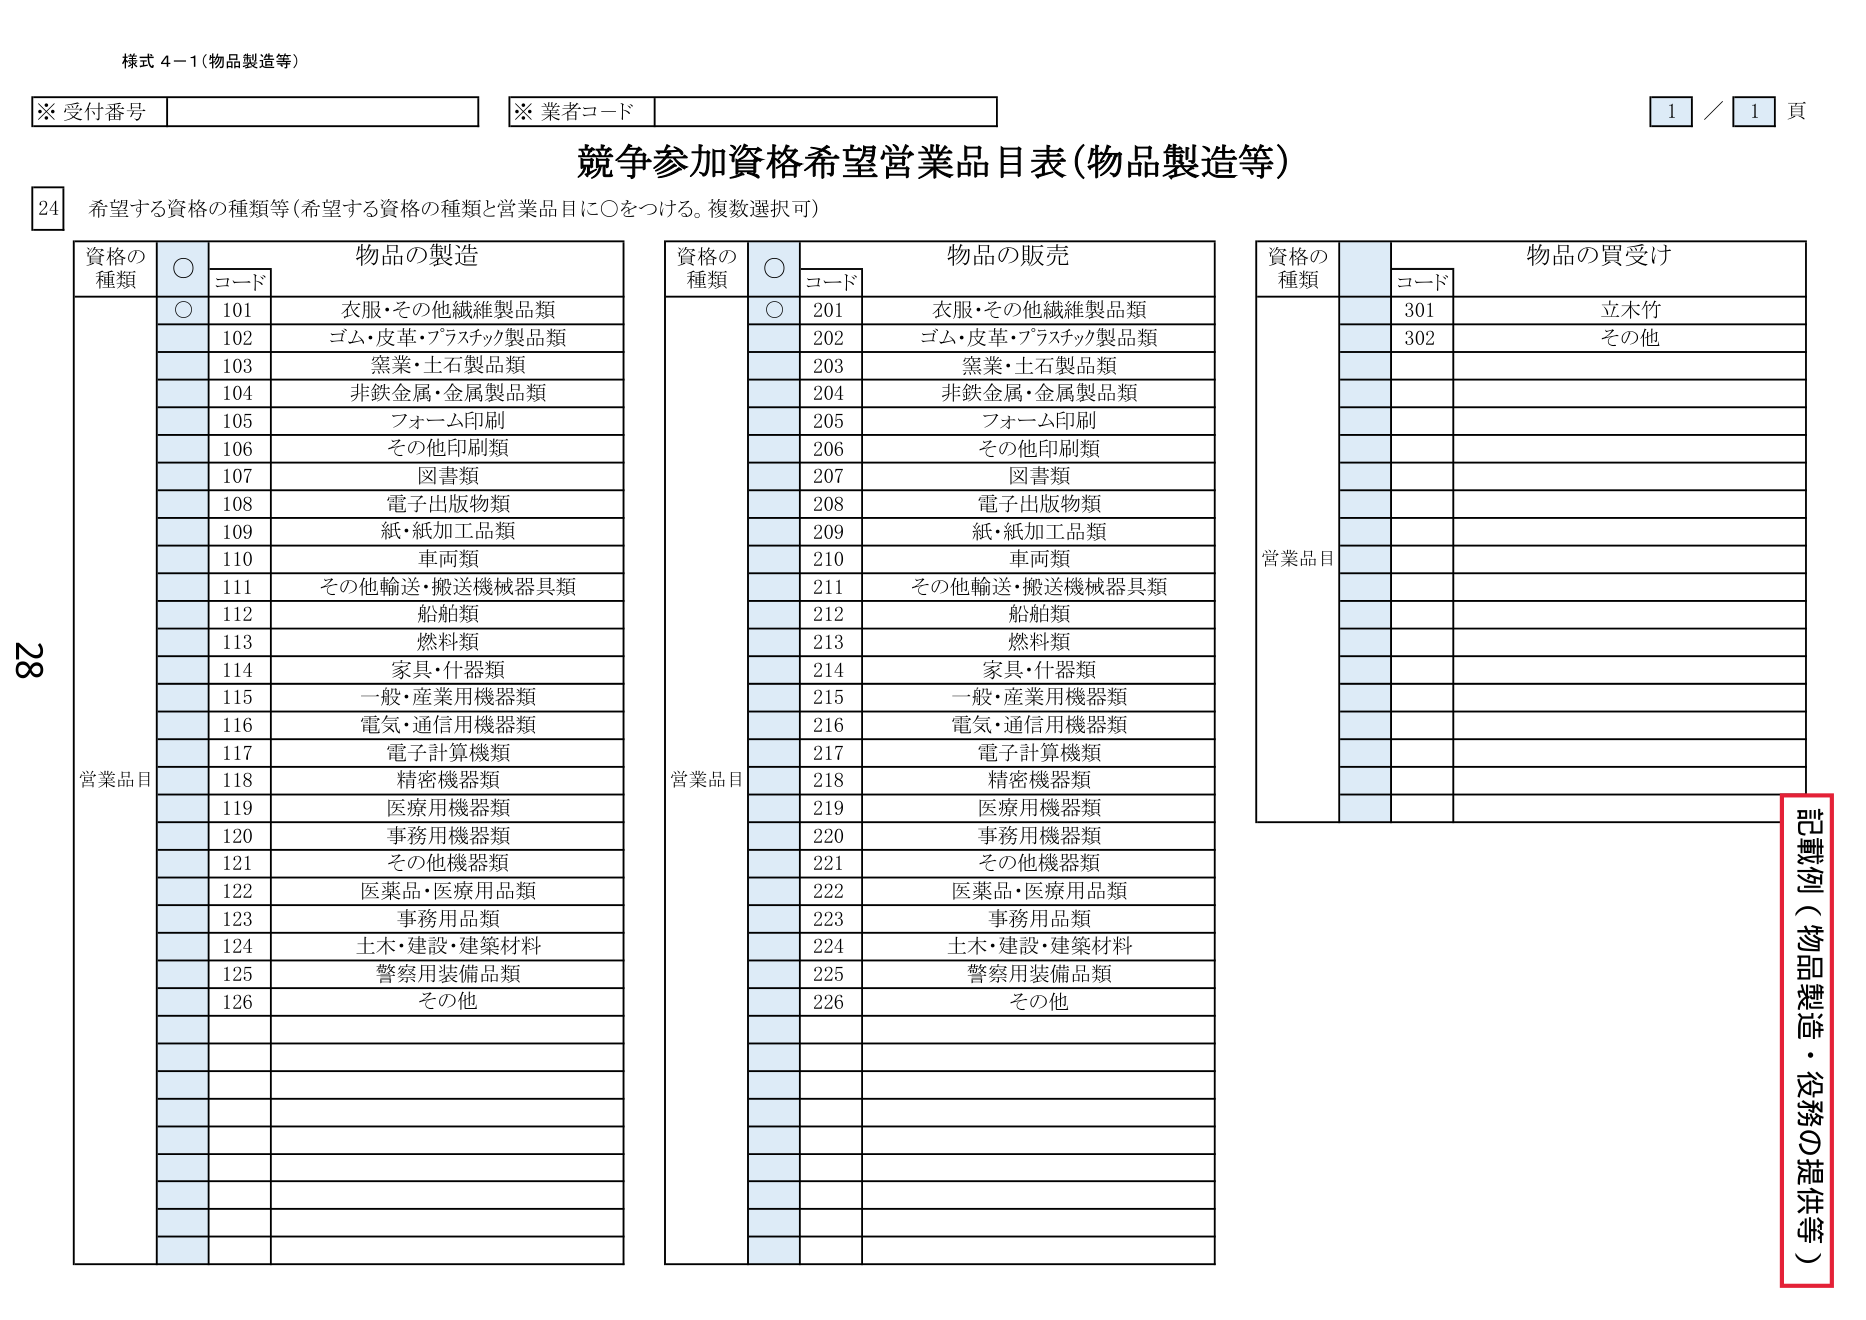
様式 4-1（物品製造等）

※ 受付番号
※ 業者コード

1 / 1 頁

競争参加資格希望営業品目表（物品製造等）

24 希望する資格の種類等（希望する資格の種類と営業品目に○をつける。複数選択可）

資格の
種類
○
物品の製造
コード
○
101 衣服・その他繊維製品類
102 ゴム・皮革・プラスチック製品類
103 窯業・土石製品類
104 非鉄金属・金属製品類
105 フォーム印刷
106 その他印刷類
107 図書類
108 電子出版物類
109 紙・紙加工品類
110 車両類
111 その他輸送・搬送機械器具類
112 船舶類
113 燃料類
114 家具・什器類
115 一般・産業用機器類
116 電気・通信用機器類
117 電子計算機類
118 精密機器類
119 医療用機器類
120 事務用機器類
121 その他機器類
122 医薬品・医療用品類
123 事務用品類
124 土木・建設・建築材料
125 警察用装備品類
126 その他

営業品目

資格の
種類
○
物品の販売
コード
○
201 衣服・その他繊維製品類
202 ゴム・皮革・プラスチック製品類
203 窯業・土石製品類
204 非鉄金属・金属製品類
205 フォーム印刷
206 その他印刷類
207 図書類
208 電子出版物類
209 紙・紙加工品類
210 車両類
211 その他輸送・搬送機械器具類
212 船舶類
213 燃料類
214 家具・什器類
215 一般・産業用機器類
216 電気・通信用機器類
217 電子計算機類
218 精密機器類
219 医療用機器類
220 事務用機器類
221 その他機器類
222 医薬品・医療用品類
223 事務用品類
224 土木・建設・建築材料
225 警察用装備品類
226 その他

営業品目

資格の
種類
物品の買受け
コード
301 立木竹
302 その他

営業品目

記載例（物品製造・役務の提供等）

28